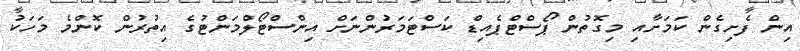
އިން ފެށިގެން ކަމަށާއި މިގޮތުން ޕޯސްޓްޕެއިޑް ކަސްޓަމަރުންނަށް އިންސްޓޯލްމަންޓުގެ އިތުރުން ކޮންމެ މަހަކު